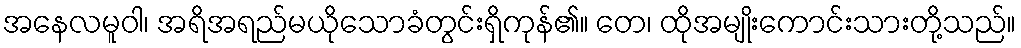
အနေလမူဝါ၊ အရိအရည်မယိုသောခံတွင်းရှိကုန်၏။ တေ၊ ထိုအမျိုးကောင်းသားတို့သည်။